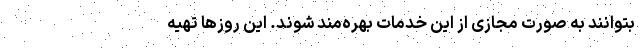
بتوانند به صورت مجازی از این خدمات بهره‌مند شوند. این روزها تهیه